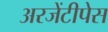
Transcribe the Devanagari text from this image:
अरजेंटीपेस